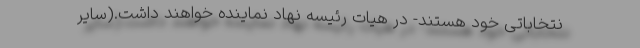
نتخاباتی خود هستند- در هیات رئیسه نهاد نماینده خواهند داشت.(سایر